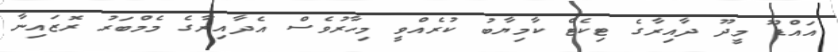
އައްޑޫ މީދޫ ދާއިރާގެ ޓިކެޓް ކާމިޔާބު ކުރެއްވީ މިހާރުވެސް އެދާއިރާގެ މެމްބަރު ރޮޒައިނާ